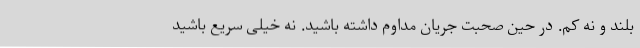
بلند و نه کم. در حین صحبت جریان مداوم داشته باشید. نه خیلی سریع باشید